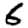
Digit: 6